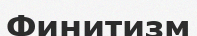
Финитизм